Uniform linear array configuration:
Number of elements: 8
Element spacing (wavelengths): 0.5
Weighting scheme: hann
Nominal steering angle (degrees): -30
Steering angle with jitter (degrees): -30.419
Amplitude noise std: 0.05
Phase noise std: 0.05

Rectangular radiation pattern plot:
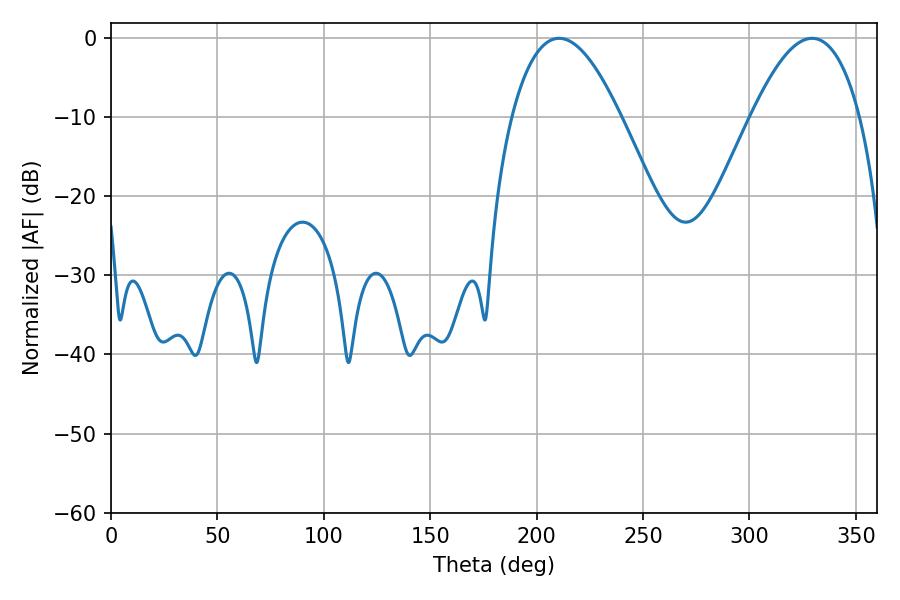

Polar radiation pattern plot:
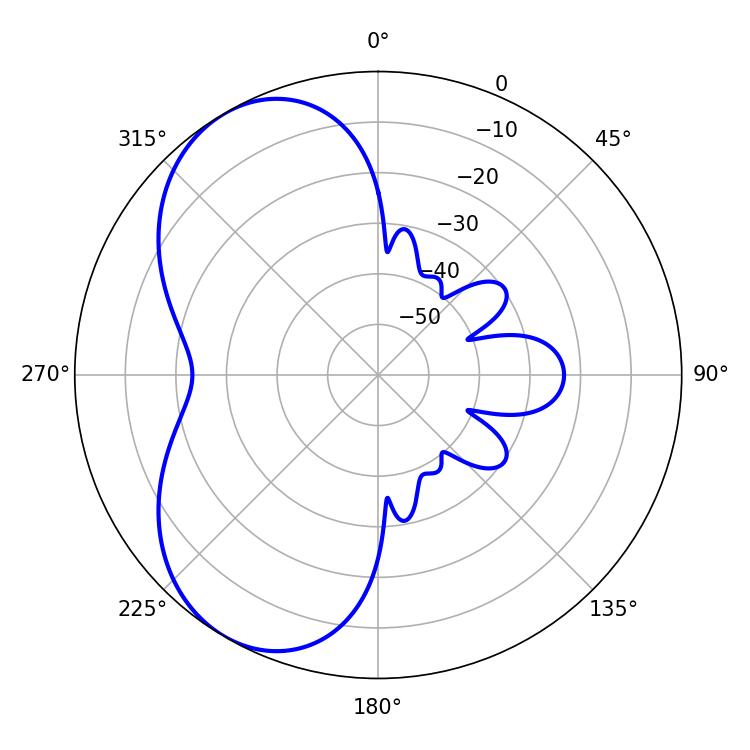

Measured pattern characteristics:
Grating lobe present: FALSE
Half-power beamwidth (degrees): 27.9
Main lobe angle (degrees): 210.6